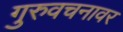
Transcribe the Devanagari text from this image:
गुरुवचनावर